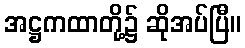
အဋ္ဌကထာတို့၌ ဆိုအပ်ပြီ။